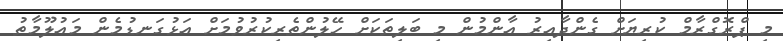
މި ޕްރޮގްރާމް ކުރިޔަށް ގެންދާއިރު އާންމުން މި ބަލިތަކަށް ހޭލުންތެރިކުރުވުމަށް އަޅުގަނޑުމެން މައުލޫމާތު